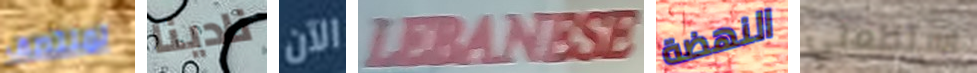
لمنتصف نادينا الآن LEBANESE النهضة استطعتي